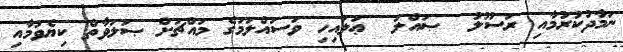
ނަމާދުކުރުމާއި ރަސޫލު  ޞައްލަ  ޢަލައިހި ވަސައްލަމަގެ މައްޗަށް ޞަލަވާތް ކިޔެވުމާއި